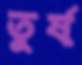
তুর্ষ